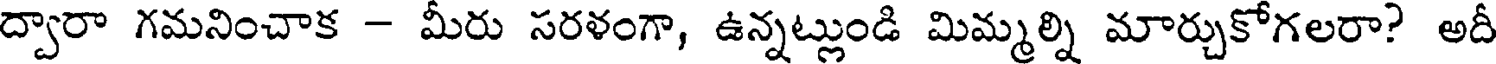
ద్వారా గమనించాక - మీరు సరళంగా, ఉన్నట్లుండి మిమ్మల్ని మార్చుకోగలరా? అదీ